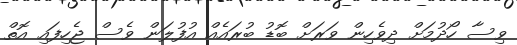
ވިސާ ހޯދުމަށް ދިވެހިން ވަރަށް ބޮޑު ބުރައެއް އުފުލަން ވެސް ޖެހިފައި އޮތް